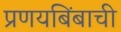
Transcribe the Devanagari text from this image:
प्रणयबिंबाची